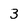
Character: 3